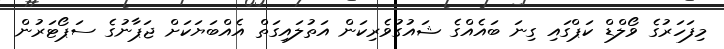
މިފަހަރުގެ ވޯލްޑް ކަޕްގައި ގިނަ ބައެއްގެ ޝައުގުވެރިކަން އަތުލައިގަތް އެއްބަޔަކަށް ޖަޕާނުގެ ސަޕޯޓަރުން